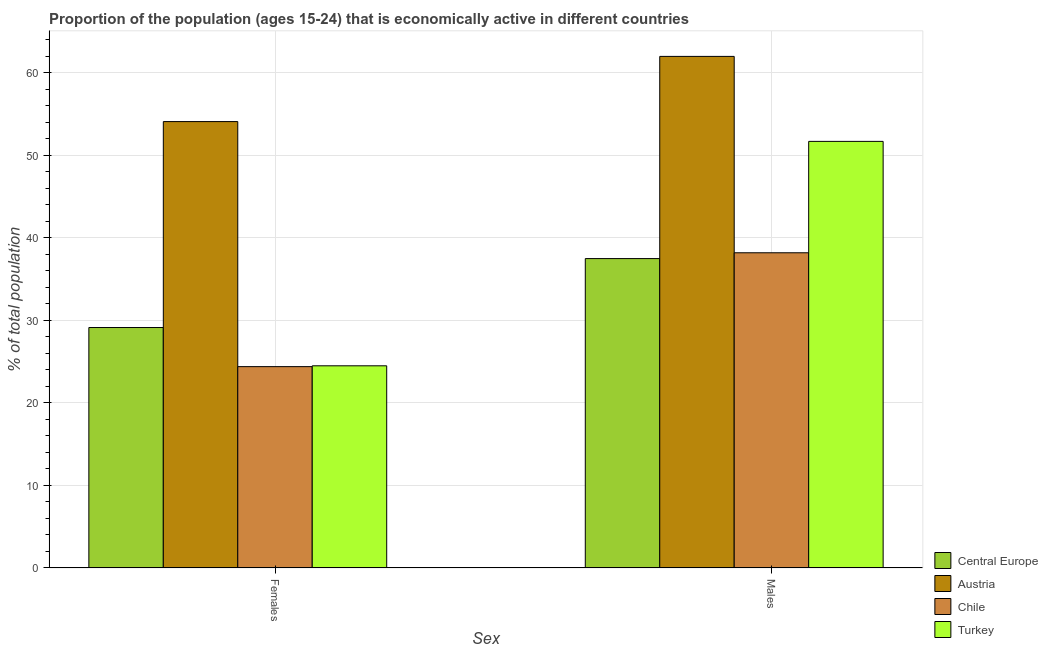
| Sex | Central Europe | Austria | Chile | Turkey |
 | --- | --- | --- | --- | --- |
 | Females | 29.1 | 54.1 | 24.4 | 24.5 |
 | Males | 37.5 | 62 | 38.2 | 51.7 |